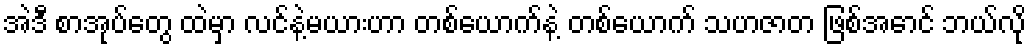
အဲဒီ စာအုပ်တွေ ထဲမှာ လင်နဲ့မယားဟာ တစ်ယောက်နဲ့ တစ်ယောက် သဟဇာတ ဖြစ်အောင် ဘယ်လို